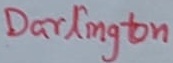
Text: Darlington